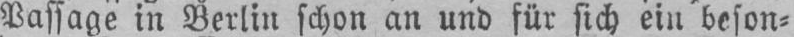
Passage in Berlin schon an und für sich ein beson⸗